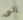
إلى